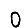
Digit: 0